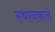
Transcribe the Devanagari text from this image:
स्थानकाने